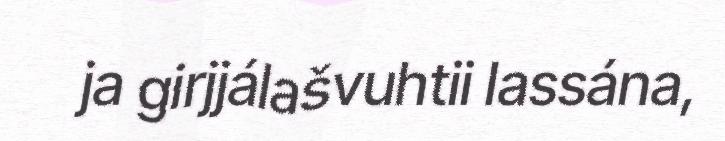
ja girjjálašvuhtii lassána,